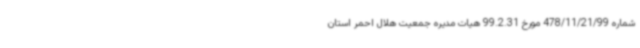
شماره 478/11/21/99 مورخ 99.2.31 هیات مدیره جمعیت هلال احمر استان